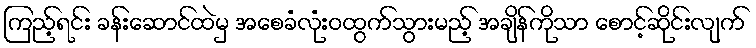
ကြည့်ရင်း ခန်းဆောင်ထဲမှ အစေခံလုံးဝထွက်သွားမည့် အချိန်ကိုသာ စောင့်ဆိုင်းလျက်